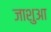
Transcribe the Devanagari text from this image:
जाशुआ